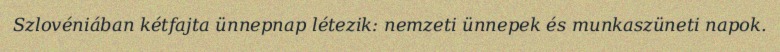
Szlovéniában kétfajta ünnepnap létezik: nemzeti ünnepek és munkaszüneti napok.